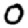
Digit: 0